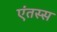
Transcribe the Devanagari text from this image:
एंतस्स